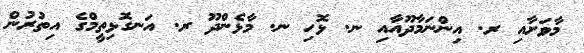
މާވަށާއި ރ. އިންނަމާދޫއާއި ނ. ޅޮހި ނ. މާޅެންދޫ ރ. އަނގޮޅިތީމްގެ އިތުރުން